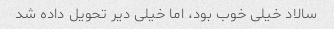
سالاد خیلی خوب بود، اما خیلی دیر تحویل داده شد